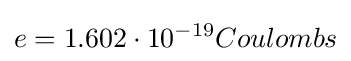
e=1.602\cdot 10^{-19}Coulombs